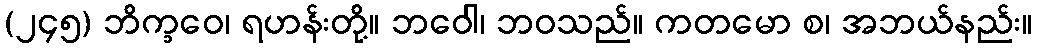
(၂၄၅) ဘိက္ခဝေ၊ ရဟန်းတို့။ ဘဝေါ၊ ဘဝသည်။ ကတမော စ၊ အဘယ်နည်း။